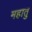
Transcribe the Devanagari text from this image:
महातु